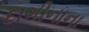
દાગીનાના